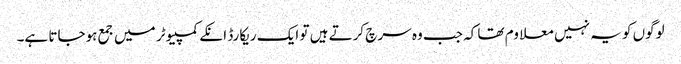
لوگوں کو یہ نہیں معلاوم تھا کہ جب وہ سرچ کرتے ہیں تو ایک ریکارڈ انکے کمپیوٹر میں جمع ہوجاتا ہے۔